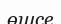
өшсе